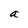
Character: a